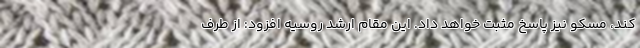
کند، مسکو نیز پاسخ مثبت خواهد داد. این مقام ارشد روسیه افزود: از طرف